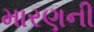
મારણની